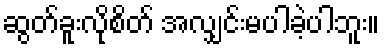
ဆွတ်ခူးလိုစိတ် အလျှင်းမပါခဲ့ပါဘူး။